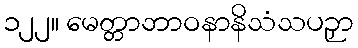
၁၂၂။ မေတ္တာဘာဝနာနိသံသပဉှာ